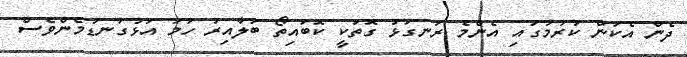
ދެން އެކަން ކުރުމުގައި އެންމެ ރަނގަޅު ގޮތަކީ ކޮބައިތޯ ބަލާއިރު ހަމަ އަޅުގަނޑުމެންވެސް